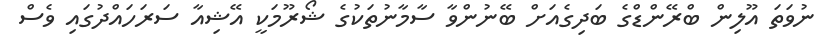
ނުވަތަ އޫލިން ބްރޭންޑްގެ ބަދިގެއަށް ބޭނުންވާ ސާމާނުތަކުގެ ޝޯރޫމަކީ އޭޝިއާ ސަރަހައްދުގައި ވެސް